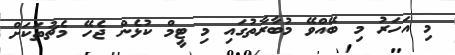
މި އަހަރު މި ބޭއްވޭ މުބާރާތުގައި މި ޓީމް ކުޅެން ޖެހޭ މެޗުތަކަށް